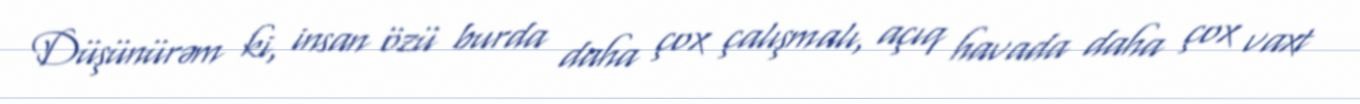
Düşünürəm ki, insan özü burda daha çox çalışmalı, açıq havada daha çox vaxt